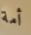
أمة